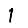
Digit: 1